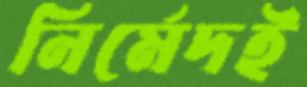
নির্মেদই